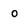
Character: 0